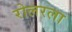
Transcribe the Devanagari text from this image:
रोलरला